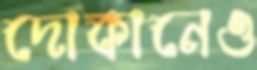
দোকানেও